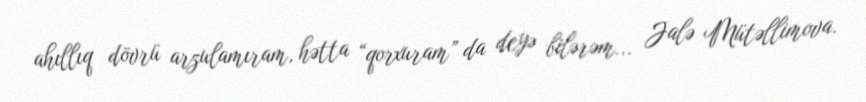
ahıllıq dövrü arzulamıram, hətta “qorxuram” da deyə bilərəm... Jalə Mütəllimova.